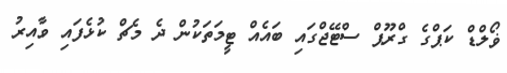
ޥޯލްޑް ކަޕްގެ ގްރޫޕް ސްޓޭޖްގައި ބައެއް ޓީމަތަކުން ދެ މެޗް ކުޅެފައި ވާއިރު